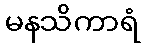
မနသိကာရံ